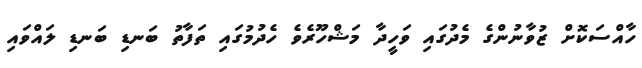
ހާއްސަކޮށް ޒުވާނުންގެ މެދުގައި ވަހީދާ މަޝްހޫރެވެ ހެދުމުގައި ތަފާތު ބަނޑި ބަނޑި ލައްވައި